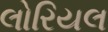
લોરિયલ